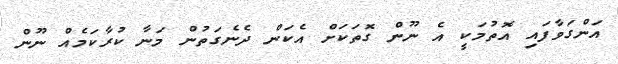
އަންގަވާފައި އޮތުމަކީ އެ ނޫން ގޮތަކަށް އެކަން ދެނެގަތުން މަނާ ކުރާކަމެއް ނޫން